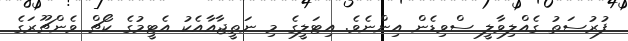
ފުރުސަތު ގެއްލިވާލީ ސްވިޑެން އިންނެވެ. އިޓަލީގެ މި ނަތީޖާއާއެކު އެޓީމުގެ ކޯޗް ވެންޗޫރަގެ